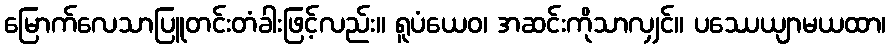
မြောက်လေသာပြူတင်းတံခါးဖြင့်လည်း။ ရူပံယေဝ၊ အဆင်းကိုသာလျှင်။ ပဿေယျာမယထာ၊